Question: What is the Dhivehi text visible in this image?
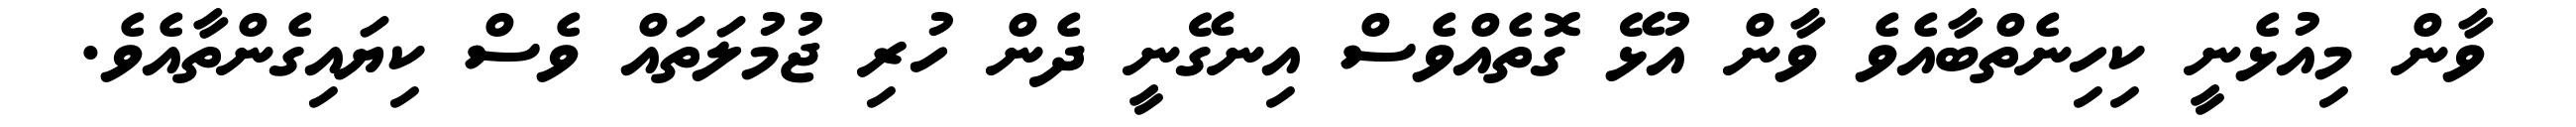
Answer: ވާން މިއުޅެނީ ކިހިނެތްބާއެވެ ވާން އުޅޭ ގޮތެއްވެސް އިނގޭނީ ދެން ހުރި ޖުމުލަތައް ވެސް ކިޔައިގެންތާއެވެ.